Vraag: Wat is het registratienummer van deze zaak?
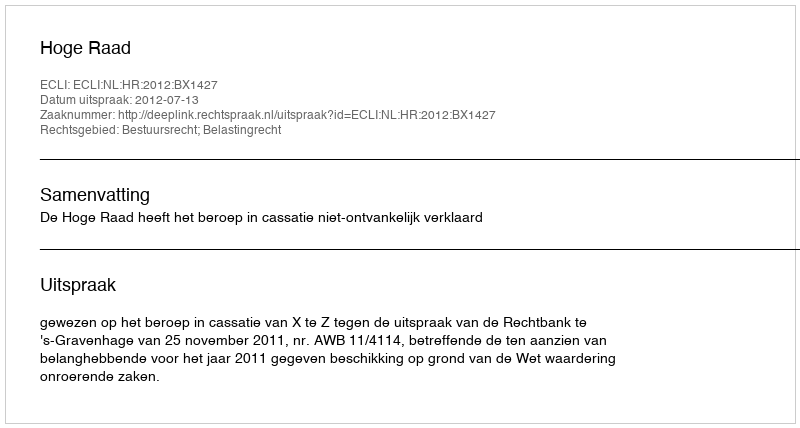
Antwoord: http://deeplink.rechtspraak.nl/uitspraak?id=ECLI:NL:HR:2012:BX1427